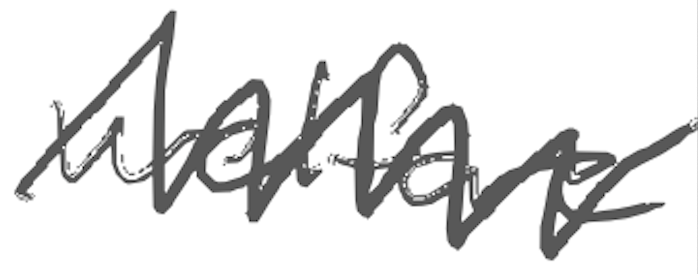
Text: welfare
Cross-out: zig-zag
Writing tool: digital_gray